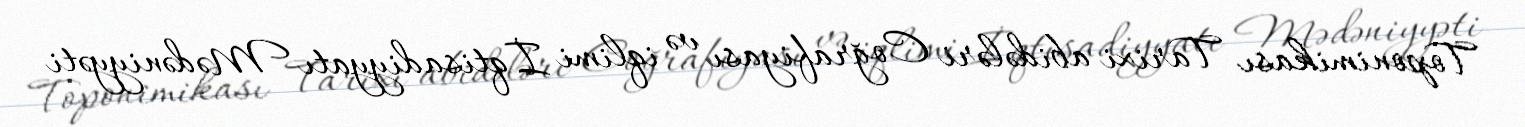
Toponimikası Tarixi abidələri Coğrafiyası və iqlimi İqtisadiyyatı Mədəniyyəti